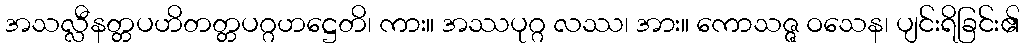
အသလ္လီနတ္တပဟိတတ္တပဂ္ဂဟဋ္ဌေတိ၊ ကား။ အဿပုဂ္ဂ လဿ၊ အား။ ကောသဇ္ဇ ဝသေန၊ ပျင်းရိခြင်း၏